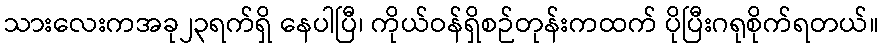
သားလေးကအခု၂၃ရက်ရှိ နေပါပြီ၊ ကိုယ်ဝန်ရှိစဉ်တုန်းကထက် ပိုပြီးဂရုစိုက်ရတယ်။